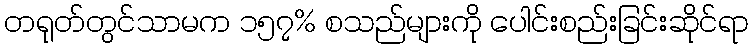
တရုတ်တွင်သာမက ၁၅၇% စသည်များကို ပေါင်းစည်းခြင်းဆိုင်ရာ